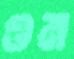
ওম